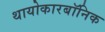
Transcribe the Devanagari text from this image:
थायोकारबॉनिक